Scottish Certificate of Education, 1963
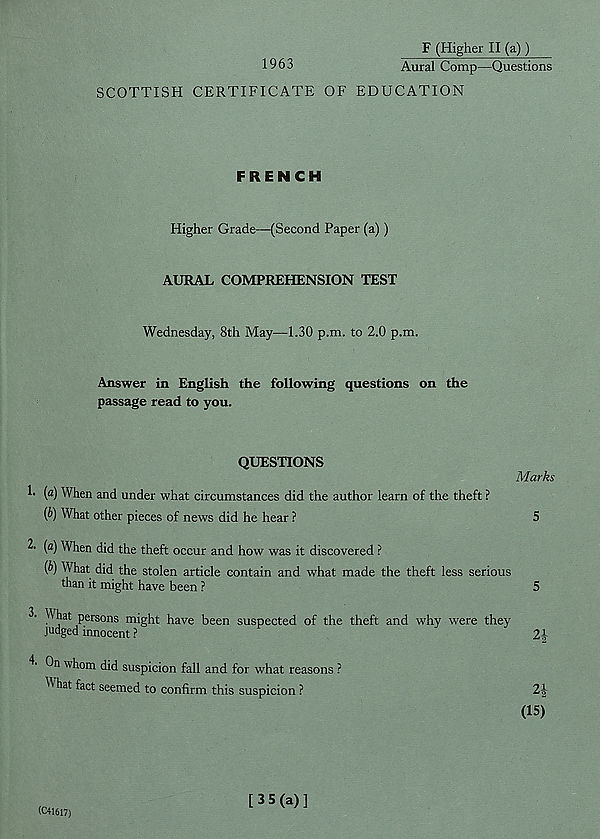
F (Higher II (a) )
1963
Aural Comp—Questions
SCOTTISH CERTIFICATE OF EDUCATION
FRENCH
Higher Grade—(Second Paper (a))
AURAL COMPREHENSION TEST
Wednesday, 8th May—1.30 p.m. to 2.0 p.m.
Answer in English the following questions on the
passage read to you.
QUESTIONS
1. (fl) When and under what circumstances did the author learn of the theft ?
{b) What other pieces of news did he hear ?
Marks
5
2. (а) When did the theft occur and how was it discovered ?
(б) What did the stolen article contain and what made the theft less serious
than it might have been ?
5
3. Wiat persons might have been suspected of the theft and why were they
judged innocent ?
2
On whom did suspicion fall and for what reasons ?
^ h at fact seemed to confirm this suspicion ?
2i
(IS)
(C41617)
[35(a)]
lop